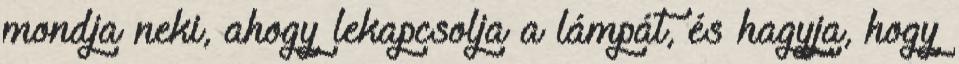
mondja neki, ahogy lekapcsolja a lámpát, és hagyja, hogy